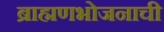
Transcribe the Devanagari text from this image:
ब्राह्मणभोजनाची